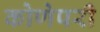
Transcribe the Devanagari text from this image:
कोणेपरी